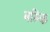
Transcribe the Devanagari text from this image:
बल्कि